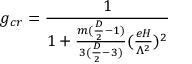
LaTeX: g _ { c r } = \frac { 1 } { 1 + \frac { m ( \frac { D } { 2 } - 1 ) } { 3 ( \frac { D } { 2 } - 3 ) } ( \frac { e H } { \Lambda ^ { 2 } } ) ^ { 2 } }